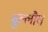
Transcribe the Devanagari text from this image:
बुल्लौस